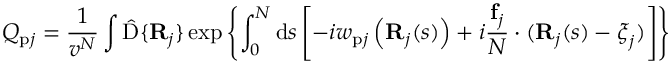
Q _ { \mathrm { p } j } = \frac { 1 } { v ^ { N } } \int \hat { \mathrm { D } } \{ \mathbf { R } _ { j } \} \exp \left\{ \int _ { 0 } ^ { N } \mathrm { d } s \left[ - i w _ { \mathrm { p } j } \left( \mathbf { R } _ { j } ( s ) \right) + i \frac { \mathbf { f } _ { j } } { N } \cdot ( \mathbf { R } _ { j } ( s ) - \boldsymbol { \xi } _ { j } ) \right] \right\}